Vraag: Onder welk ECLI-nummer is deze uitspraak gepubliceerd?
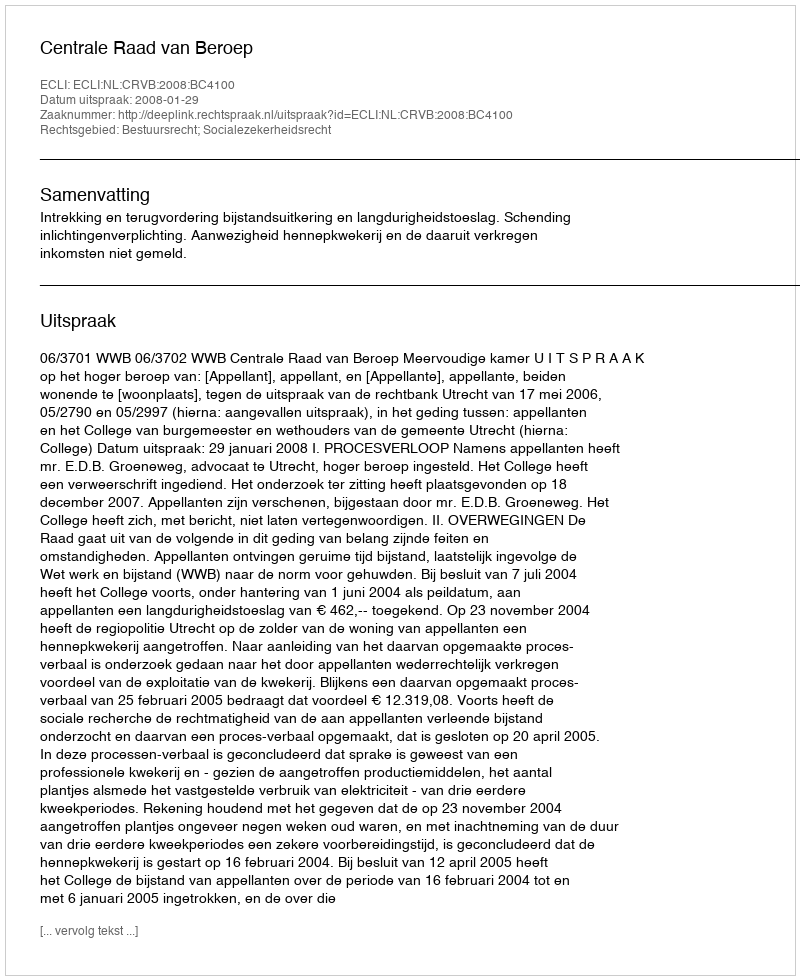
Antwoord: ECLI:NL:CRVB:2008:BC4100